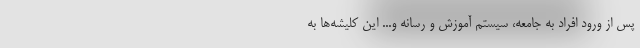
پس از ورود افراد به جامعه، سیستم آموزش و رسانه و... این کلیشه‌ها به